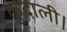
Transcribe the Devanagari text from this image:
कुदाली।